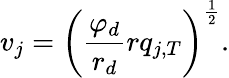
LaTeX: v_{j}=\left(\frac{\varphi_{d}}{r_{d}}rq_{j,T}\right)^{\frac 12}.